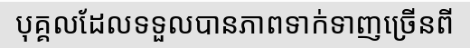
បុគ្គលដែលទទួលបានភាពទាក់ទាញច្រើនពី